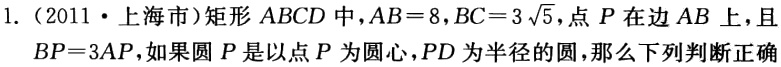
1. （2011・上海市）矩形 \(ABCD\) 中，\(AB = 8\)，\(BC = 3\sqrt{5}\)，点 \(P\) 在边 \(AB\) 上，且 \(BP = 3AP\)，如果圆 \(P\) 是以点 \(P\) 为圆心，\(PD\) 为半径的圆，那么下列判断正确